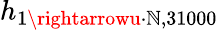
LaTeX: h_{1\rightarrowu\cdot\mathbb{N},31000}